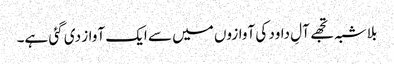
بلاشبہ تجھے آلِ داود کی آوازوں میں سے ایک آواز دی گئی ہے۔